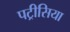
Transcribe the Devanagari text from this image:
पट्रीसिया